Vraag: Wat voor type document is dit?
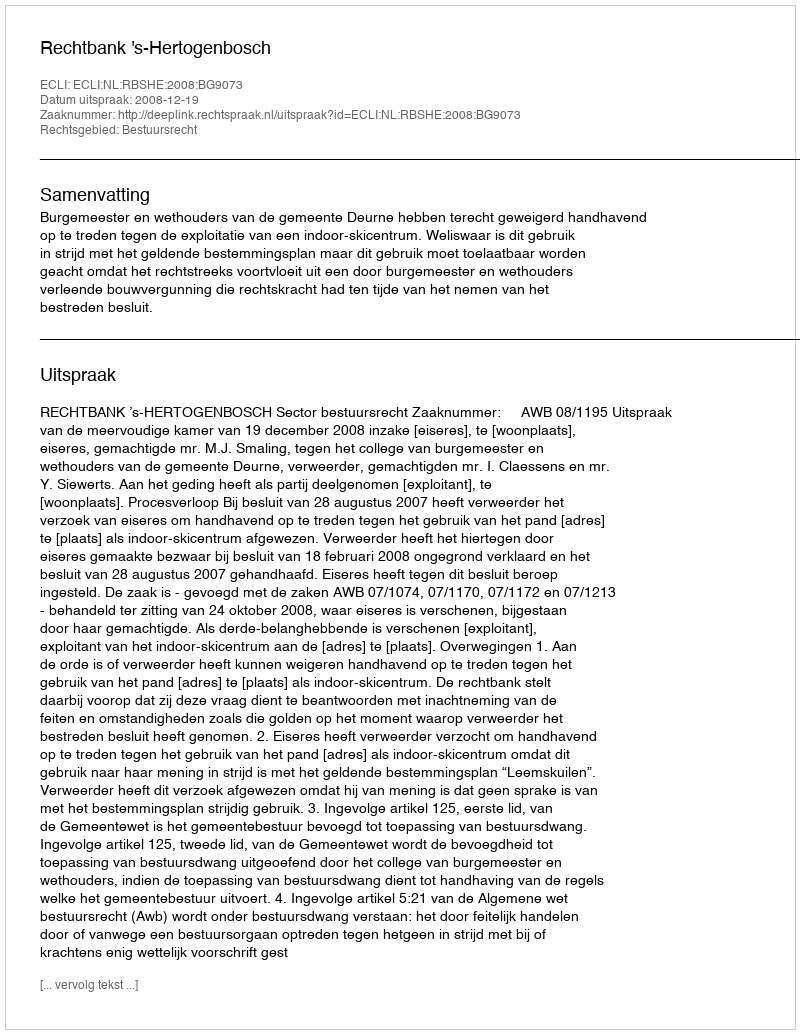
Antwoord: Uitspraak